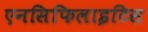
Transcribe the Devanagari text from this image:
एनसिफिलाइटिस